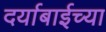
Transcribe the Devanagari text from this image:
दर्याबाईच्या